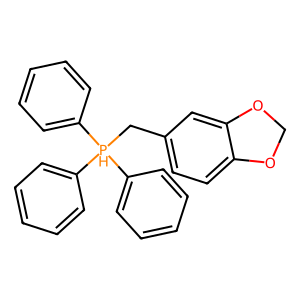
SMILES: c1ccc([PH](Cc2ccc3c(c2)OCO3)(c2ccccc2)c2ccccc2)cc1
Inhibits HIV replication: No